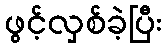
ဖွင့်လှစ်ခဲ့ပြီး